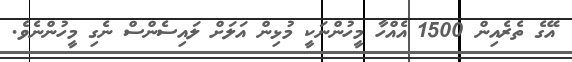
އޭގެ ތެރެއިން 1500 އެއްހާ މީހުންނަކީ މުޅިން އަލަށް ލައިސެންސް ނެގި މީހުންނެވެ.